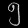
Digit: ၅